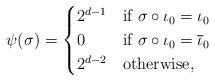
LaTeX: \begin{align*}\psi(\sigma) = \begin{cases}2^{d-1} & \mbox{if }\sigma\circ \iota_0 = \iota_0 \\0 & \mbox{if }\sigma \circ \iota_0= \overline{\iota}_0 \\2^{d-2} & \mbox{otherwise},\end{cases}\end{align*}